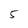
Character: 5